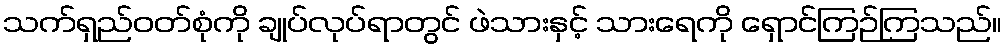
သက်ရှည်ဝတ်စုံကို ချုပ်လုပ်ရာတွင် ဖဲသားနှင့် သားရေကို ရှောင်ကြဉ်ကြသည်။